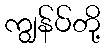
ကျွန်ပ်တို့